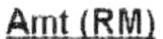
AMT (RM)